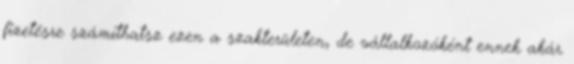
fizetésre számíthatsz ezen a szakterületen, de vállalkozóként ennek akár